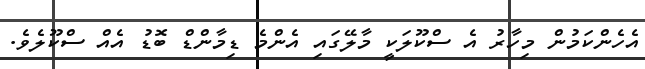
އެހެންކަމުން މިހާރު އެ ސްކޫލަކީ މާލޭގައި އެންމެ ޑިމާންޑް ބޮޑު އެއް ސްކޫލެވެ.